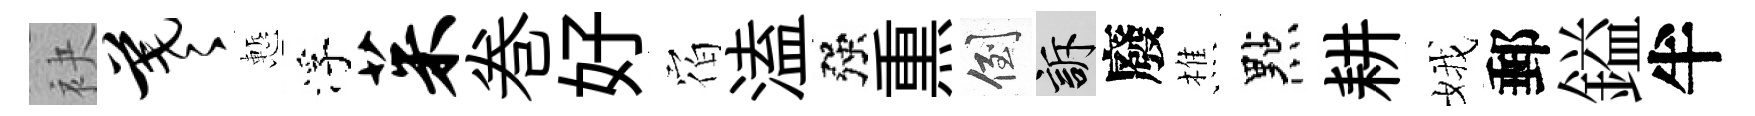
袂羲慙浮茱巻好𪧐溘强𤋱倒訴廢樵點耕娥郵鎰半